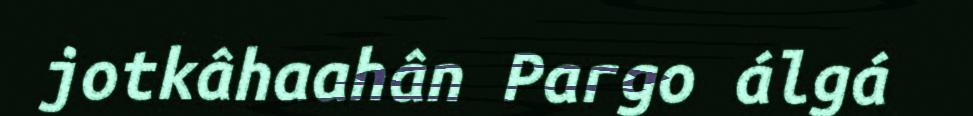
jotkâhaahân Pargo álgá